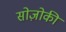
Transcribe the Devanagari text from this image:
सोज़ोकी